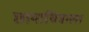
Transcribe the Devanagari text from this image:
छायाचित्राला